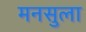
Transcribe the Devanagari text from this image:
मनसुला